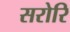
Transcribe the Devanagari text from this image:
सरोरि